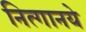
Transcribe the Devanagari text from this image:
नित्‍गानये